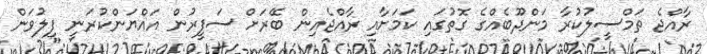
ރާއްޖެ ތަމްސީލުކުރާ މަންދޫބެއްގެ ގޮތުގައި ކަމަށާއި ރާއްޖެއިން ބޭރަށް ސަފީރުން އައްޔަންކުރަނީ ފިލުވަން